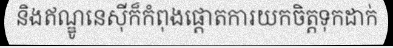
និងឥណ្ឌូនេស៊ីក៏កំពុងផ្តោតការយកចិត្តទុកដាក់